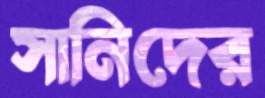
সানিদের